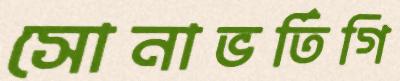
সোনাভর্তিগি